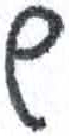
אות: ש